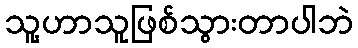
သူ့ဟာသူဖြစ်သွားတာပါဘဲ